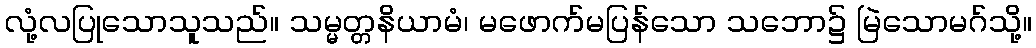
လုံ့လပြုသောသူသည်။ သမ္မတ္တနိယာမံ၊ မဖောက်မပြန်သော သဘော၌ မြဲသောမဂ်သို့။